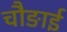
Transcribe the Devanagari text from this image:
चौङाई